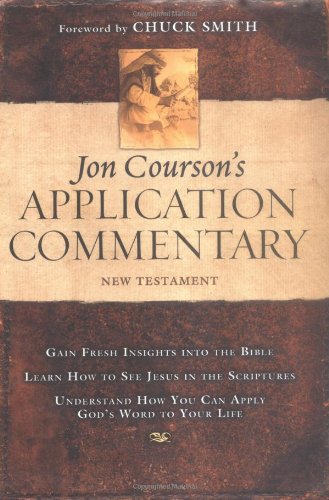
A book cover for Jon Courson's Application Commentary: New Testament; Jon Courson; Christian Books & Bibles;